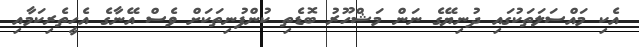
އެކި މައްސަލަތަކުގައި ދުނިޔޭގެ ނަން މަޝްހޫރު ބޮޑެތި ކުންފުނިތަކަށް ވެސް އޭނާގެ އެހީތެރިކަމާއި